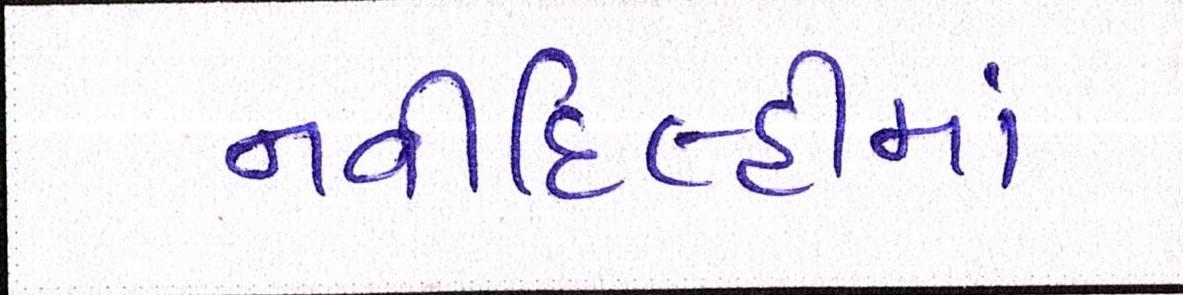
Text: નવીદિલ્હીમાં